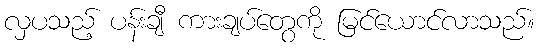
လှပသည့် ပန်းချီ ကားချပ်တွေကို မြင်ယောင်လာသည်။